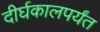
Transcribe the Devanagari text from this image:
दीर्घकालपर्यंत